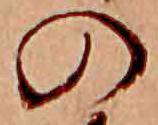
の